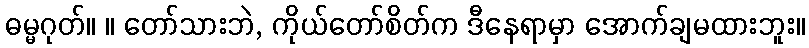
ဓမ္မဂုတ်။ ။ တော်သားဘဲ, ကိုယ်တော်စိတ်က ဒီနေရာမှာ အောက်ချမထားဘူး။